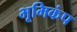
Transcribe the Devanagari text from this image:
भूमिकंप